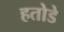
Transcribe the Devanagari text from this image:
हतोडे